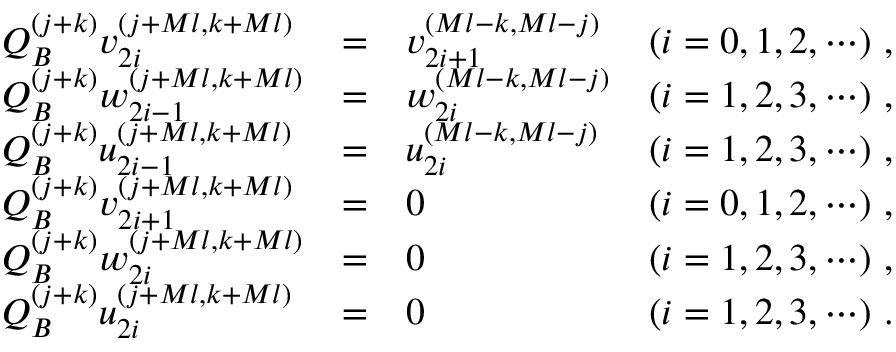
\begin{array} { l c l r } { { Q _ { B } ^ { ( j + k ) } v _ { 2 i } ^ { ( j + M l , k + M l ) } } } & { { = } } & { { v _ { 2 i + 1 } ^ { ( M l - k , M l - j ) } } } & { { ( i = 0 , 1 , 2 , \cdots ) \, \, , } } \\ { { Q _ { B } ^ { ( j + k ) } w _ { 2 i - 1 } ^ { ( j + M l , k + M l ) } } } & { { = } } & { { w _ { 2 i } ^ { ( M l - k , M l - j ) } } } & { { ( i = 1 , 2 , 3 , \cdots ) \, \, , } } \\ { { Q _ { B } ^ { ( j + k ) } u _ { 2 i - 1 } ^ { ( j + M l , k + M l ) } } } & { { = } } & { { u _ { 2 i } ^ { ( M l - k , M l - j ) } } } & { { ( i = 1 , 2 , 3 , \cdots ) \, \, , } } \\ { { Q _ { B } ^ { ( j + k ) } v _ { 2 i + 1 } ^ { ( j + M l , k + M l ) } } } & { { = } } & { { 0 } } & { { ( i = 0 , 1 , 2 , \cdots ) \, \, , } } \\ { { Q _ { B } ^ { ( j + k ) } w _ { 2 i } ^ { ( j + M l , k + M l ) } } } & { { = } } & { { 0 } } & { { ( i = 1 , 2 , 3 , \cdots ) \, \, , } } \\ { { Q _ { B } ^ { ( j + k ) } u _ { 2 i } ^ { ( j + M l , k + M l ) } } } & { { = } } & { { 0 } } & { { ( i = 1 , 2 , 3 , \cdots ) \, \, . } } \end{array}